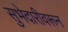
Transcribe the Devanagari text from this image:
सुभेदारीवरून